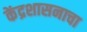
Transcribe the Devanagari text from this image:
केंद्रशासनाचा